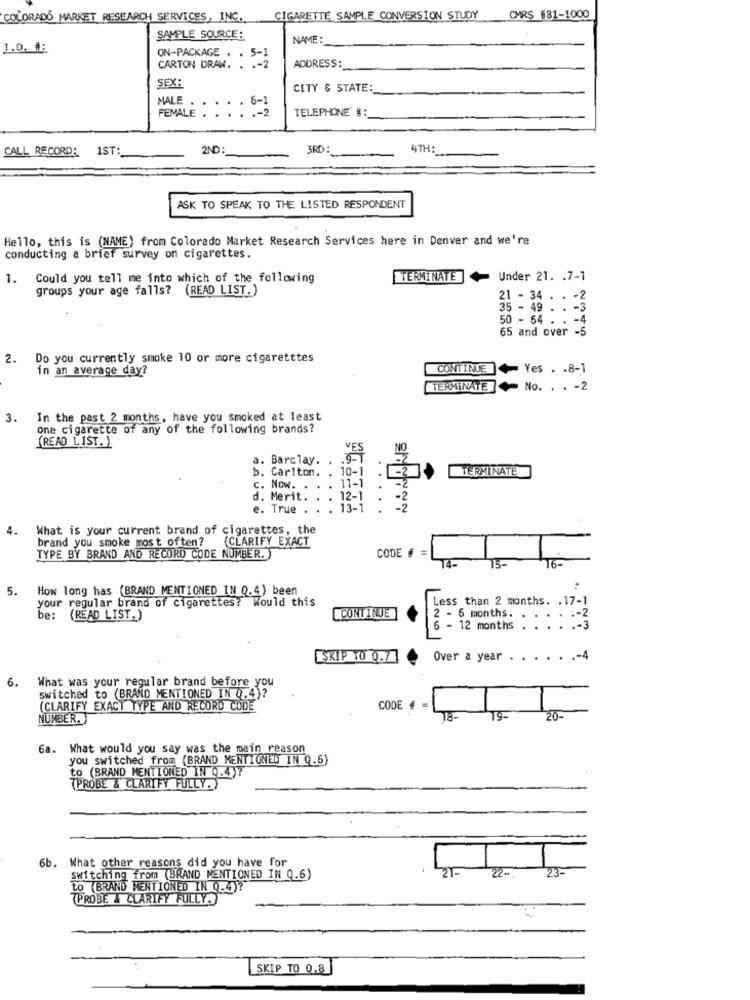
COLORADO MARKET RESEARCH SERVICES, INC.
CIGARETTE SAMPLE CONVERSION STUDY
CMRS #81-1000
SAMPLE SOURCE:
NAME :
1.D. E
CARTON DRAW.
ON-PACKAGE . . 5
ADDRESS:
SEX:
CITY & STATE:
MALE
6-1
. . 5
TELEPHONE' #:
FEMALE . . . . .- 2
CALL RECORD:
1ST:
2ND:
3RD :
4TH :
ASK TO SPEAK TO THE LISTED RESPONDENT
Hello, this is (NAME) from Colorado Market Research Services here in Denver and we're
conducting a brief survey on cigarettes.
1.
Could you tell me into which of the following
TERMINATE
Under 21. . 7-1
groups your age falls? (READ LIST.)
21 - 34 . . - 2
35 - 49 . . .
50 - 64 . . - 4
....
65 and over -5
2.
Do you currently smoke 10 or more cigaretttes
in an average day?
CONTINUE Yes . . 8-1
TERMINATE No. . . - 2
3.
In the past 2 months, have you smoked at least
one cigarette of any of the following brands?
(READ LIST. )
VES
NO
a. Barclay.
b. Carlton.
10-1
-2
TERMINATE
11-1
c. Now. .
d. Merit.
12-1
-2
e. True
13-1
4.
What is your current brand of cigarettes, the
brand you smoke most often?
CLARIFY EXACT
TYPE BY BRAND AND RECORD CODE NUMBER.
CODE f =
14-
15-
5.
How long has (BRAND MENTIONED IN 0.4) been
your regular brand of cigarettes? Would this
Less than 2 months. . 17-1
:- 2
be:
(READ LIST.)
CONTINUE
2 - 6 months.
6 - 12 months
-3
SKIP TO 0.7
Over a year . . . . . .- 4
6.
What was your regular brand before you
switched to (BRAND MENTIONED IN 0.4)?
(CLARIFY EXACT TYPE AND RECORD CODE
CODE
NUMBER.
20-
Ga. What would you say was the main reason
you switched from (BRAND MENTIONED IN Q.6)
to (BRAND MENTIONED IN Q.4)?
(PROBE & CLARIFY FULLY. )
6b. What other reasons did you have for
21-
switching from (BRAND MENTIONED IN Q.6)
22- 23-
LO (BRAND MENTIONED IN Q.4)?
(PROBE & CLARIFY FULLYA)
SKIP TO 0.8